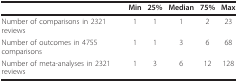
|  | Min | 25% | Median | 75% | Max |
 | --- | --- | --- | --- | --- | --- |
 | Number of comparisons in 2321 reviews | 1 | 1 | 1 | 2 | 23 |
 | Number of outcomes in 4755 comparisons | 1 | 1 | 3 | 6 | 68 |
 | Number of meta-analyses in 2321 reviews | 1 | 3 | 6 | 12 | 128 |